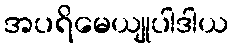
အပရိမေယျုပါဒါယ